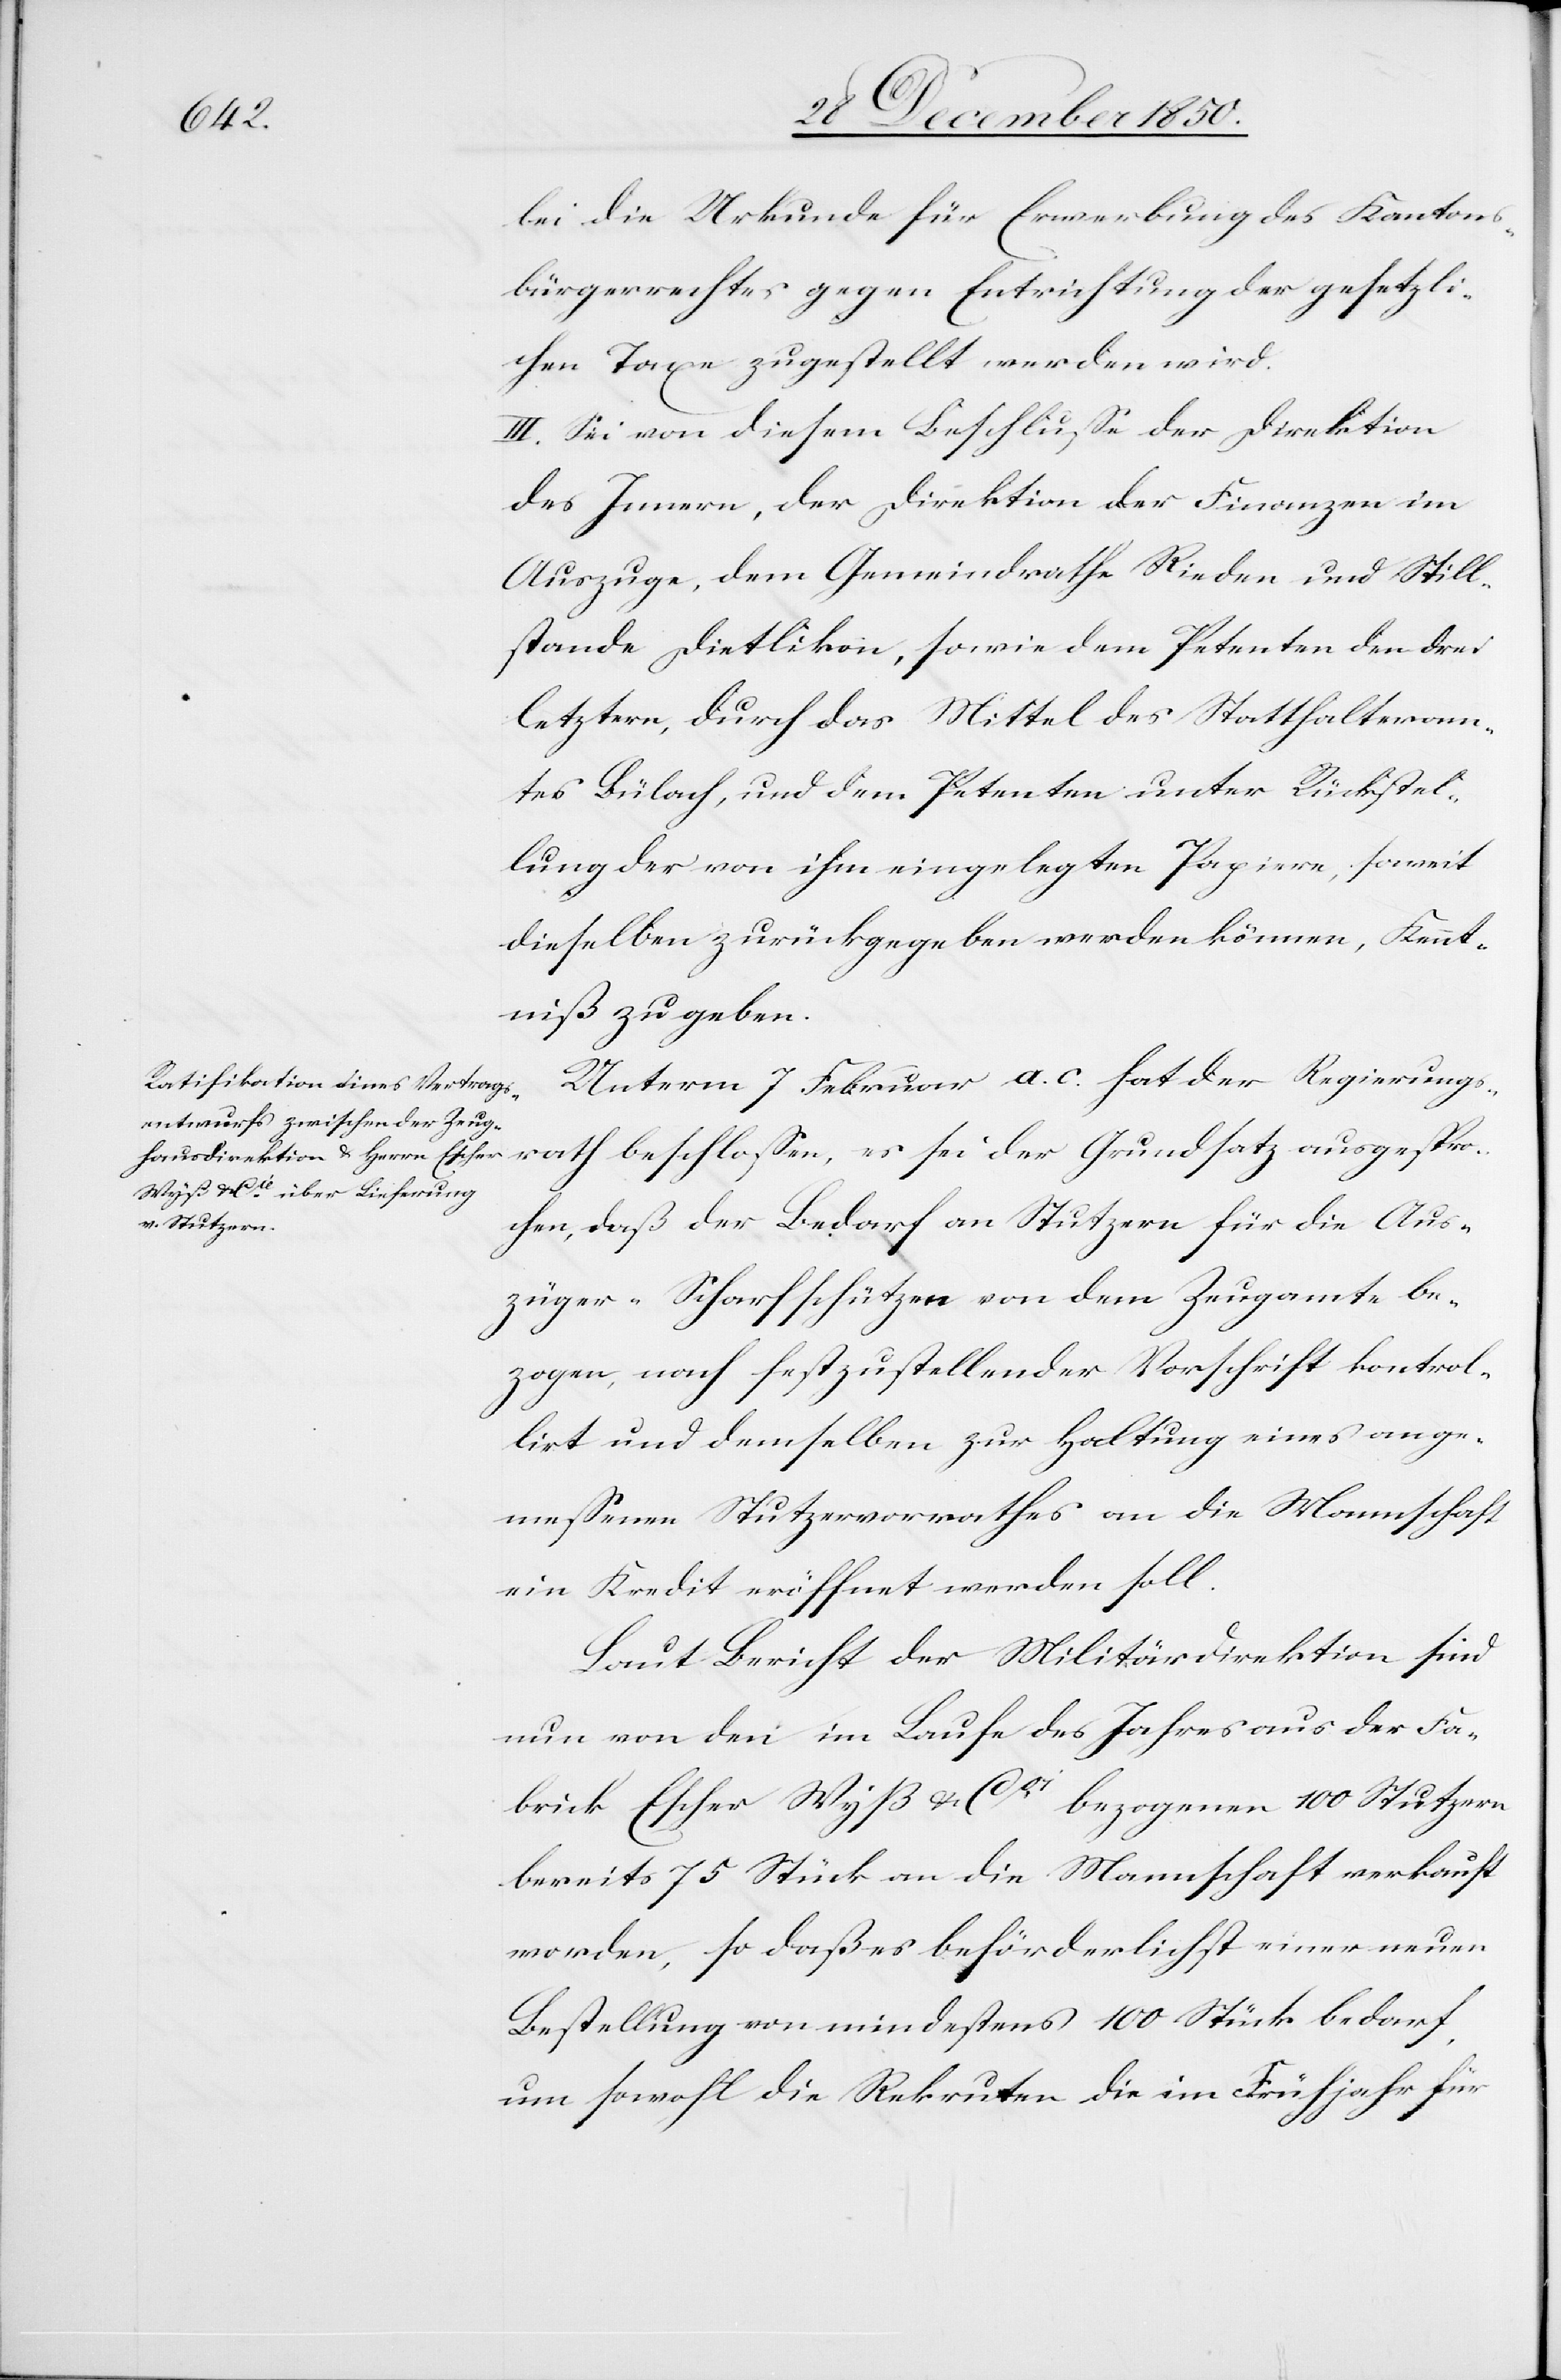
lei die Urkunde für Erwerbung des Kantons¬
bürgerrechtes gegen Entrichtung der gesetzli¬
chen Taxe zugestellt werden wird.
III. Sei von diesem Beschlusse der Direktion
des Innern, der Direktion der Finanzen im
Auszuge, dem Gemeindrathe Rieden und Still¬
stande Dietlikon, sowie dem Petenten den drei
letztern, durch das Mittel des Statthalteram¬
tes Bülach, und dem Petenten unter Rückstel¬
lung der von ihm eingelegten Papiere, soweit
dieselben zurückgegeben werden können, Kennt¬
niß zu geben.
Unterm 7 Februar a. c. hat der Regierungs¬
rath beschlossen, es sei der Grundsatz ausgespro¬
chen, daß der Bedarf an Stutzern für die Aus¬
züger-Scharfschützen von dem Zeugamte be¬
zogen, nach festzustellender Vorschrift kontrol¬
lirt und demselben zur Haltung eines ange¬
messenen Stutzervorrathes an die Mannschaft
ein Kredit eröffnet werden soll.
Laut Bericht der Militärdirektion sind
nun von den im Laufe des Jahres aus der Fa¬
brick Escher Wyß & Cie bezogenen 100 Stutzern
bereits 75 Stück an die Mannschaft verkauft
worden, so daß es beförderlichst einer neuen
Bestellung von mindestens 100 Stück bedarf,
um sowohl die Rekruten die im Frühjahr für